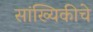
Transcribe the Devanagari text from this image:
सांख्यिकीचे